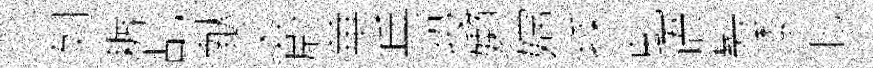
列耨乩献父蔚華兵投嬾嫦採虬语髣黍北